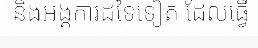
និងអង្គការដទៃទៀត ដែលធ្វើ